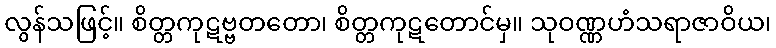
လွန်သဖြင့်။ စိတ္တကုဋဗ္ဗတတော၊ စိတ္တကုဋတောင်မှ။ သုဝဏ္ဏဟံသရာဇာဝိယ၊